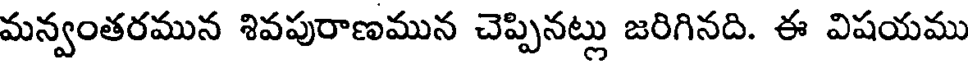
మన్వంతరమున శివపురాణమున చెప్పినట్లు జరిగినది. ఈ విషయము